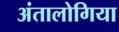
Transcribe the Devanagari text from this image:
अंतालोगिया